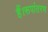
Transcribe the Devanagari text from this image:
हैं।रूपांतरण